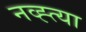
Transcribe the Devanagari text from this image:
नव्ह्त्या